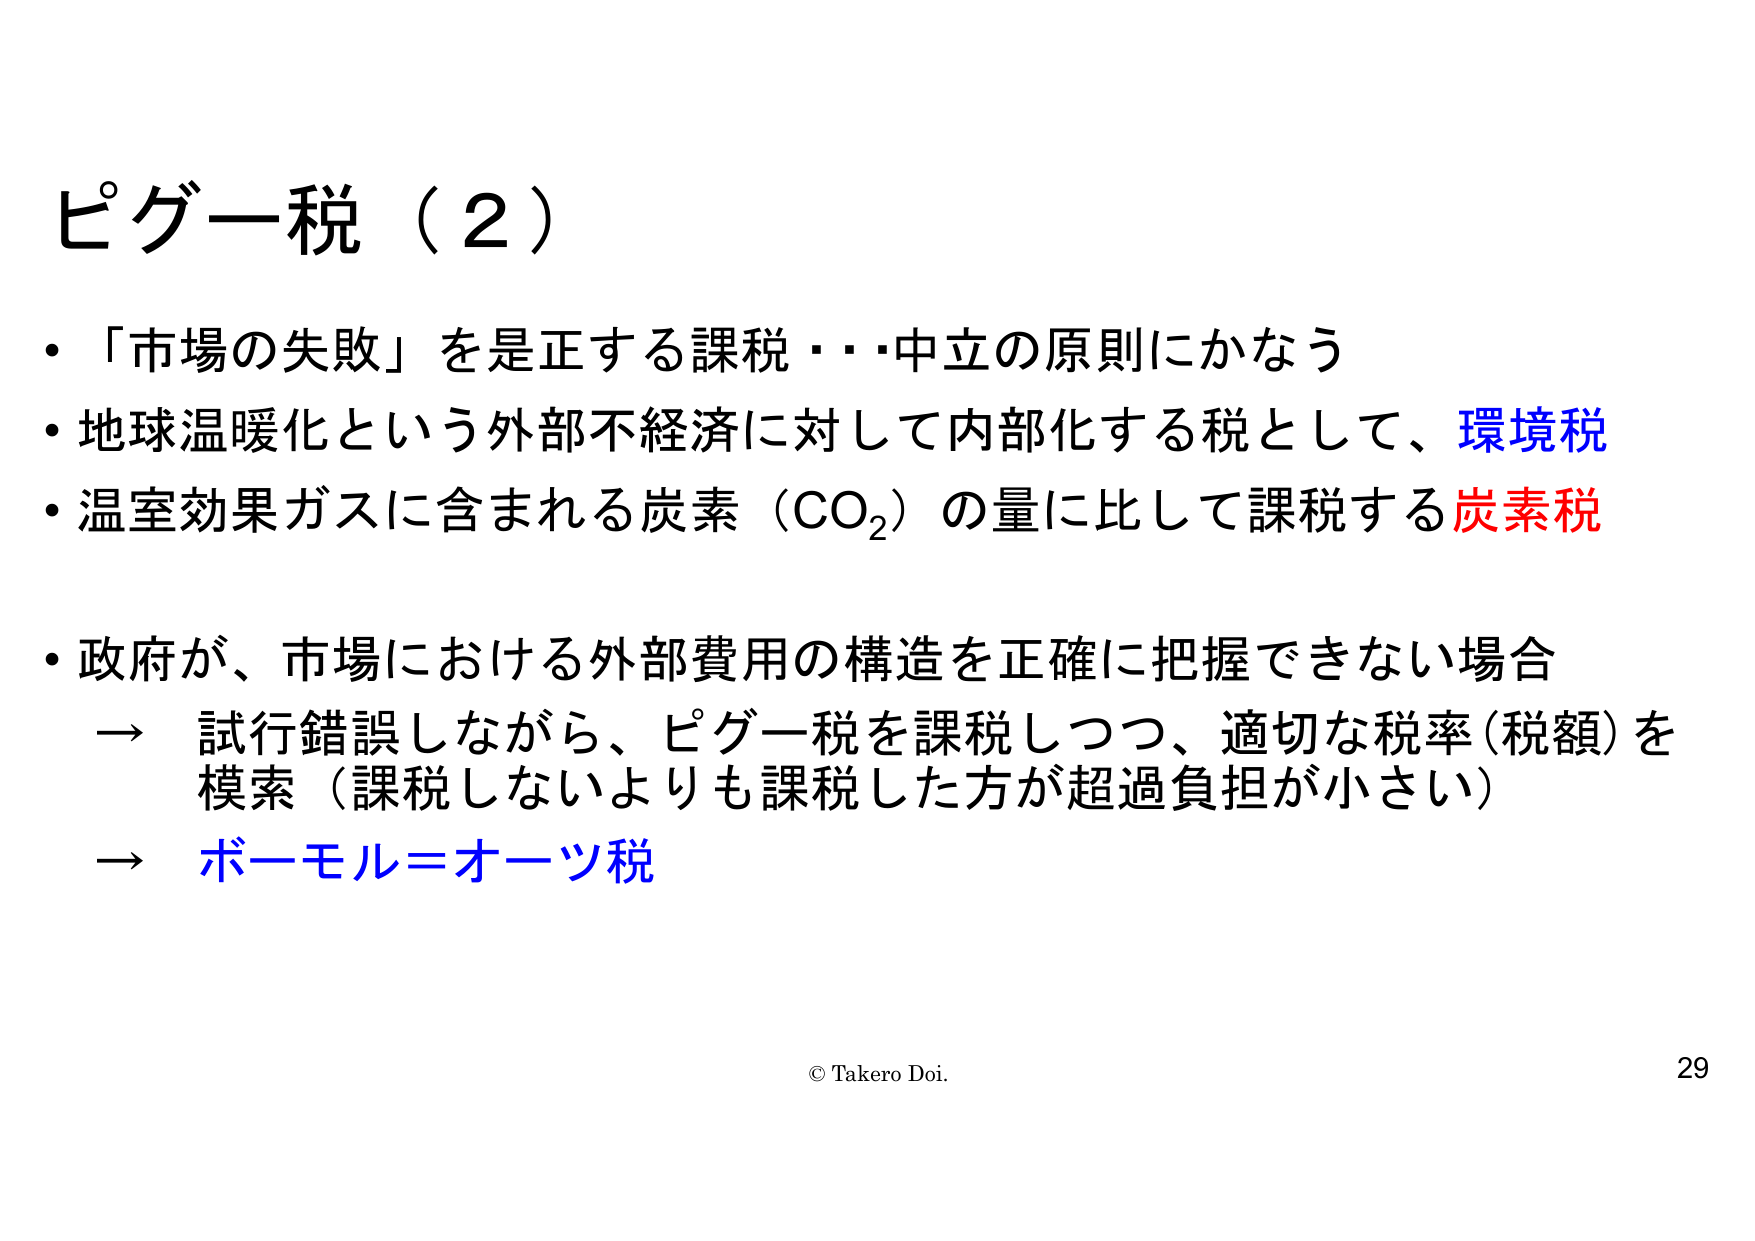
ピゲー税（2）

・「市場の失敗」を是正する課税・・・中立の原則にかなう
・地球温暖化という外部不経済に対して内部化する税として、環境税
・温室効果ガスに含まれる炭素（CO₂）の量に比して課税する炭素税

・政府が、市場における外部費用の構造を正確に把握できない場合
→ 試行錯誤しながら、ピゲー税を課税しつつ、適切な税率（税額）を
模索（課税しないよりも課税した方が超過負担が小さい）
→ ボーモル＝オーツ税

© Takero Doi.
29